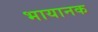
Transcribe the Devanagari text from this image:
भायानक